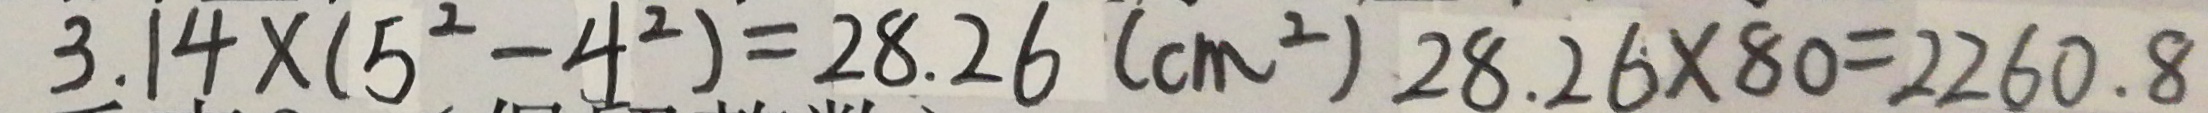
3 . 1 4 \times ( 5 ^ { 2 } - 4 ^ { 2 } ) = 2 8 . 2 6 ( c m ^ { 2 } ) 2 8 . 2 6 \times 8 0 = 2 2 6 0 . 8